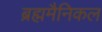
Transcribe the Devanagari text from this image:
ब्रह्ममैनिकल